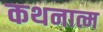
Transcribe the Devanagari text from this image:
कथनात्म